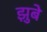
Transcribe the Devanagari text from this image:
झुबे